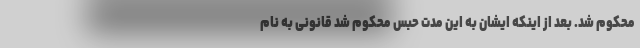
محکوم شد. بعد از اینکه ایشان به این مدت حبس محکوم شد قانونی به نام